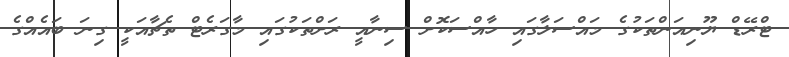
ޓްރޭޑް ޔޫނިއަންތަކުގެ މައްސަލާގައި ހާއްސަކޮށް ސިނާއީ ރަށްތަކުގައި މާގަރެޓް ތެޗާއަކީ ގިނަ ބައެއްގެ